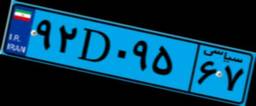
۳۷D۰۵۴۸۵